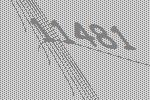
11481